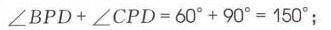
\(\angle BPD+\angle CPD = 60^{\circ}+90^{\circ}=150^{\circ}\);